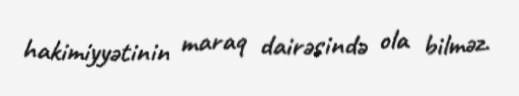
hakimiyyətinin maraq dairəsində ola bilməz.